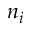
n _ { i }